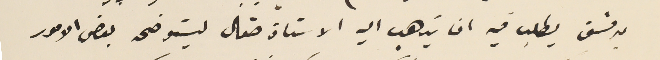
بدمشق يطلب فيه ان يذهب اليه الاستاذ صقال ليستوضحه بعض الامور